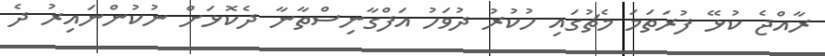
ރާއްޖެ ކުޅޭ ފުރަތަމަ މެޗުގައި ހުކުރު ދުވަހު އަފްގާނިސްތާނާ ދެކޮޅަށް ނުކުންނައިރު ދެ